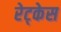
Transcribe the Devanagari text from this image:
रेट्केस